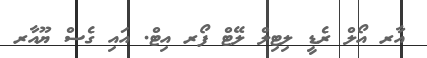
އާރ އޯލް ރެޑީ ލިޓިލް ލޭޓް ފޯރ އިޓް. އައި ގެސް ޔޫއާރ